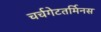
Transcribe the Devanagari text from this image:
चर्चगेटतर्मिनस